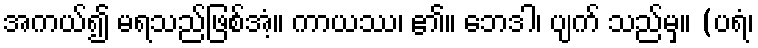
အကယ်၍ မရသည်ဖြစ်အံ့။ ကာယဿ၊ ၏။ ဘေဒါ၊ ပျက် သည်မှ။ (ပရံ၊